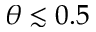
\theta \lesssim 0 . 5